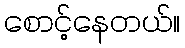
စောင့်နေတယ်။